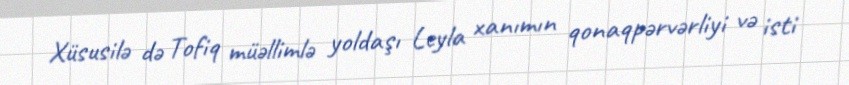
Xüsusilə də Tofiq müəllimlə yoldaşı Leyla xanımın qonaqpərvərliyi və isti